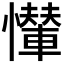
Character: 𢤠